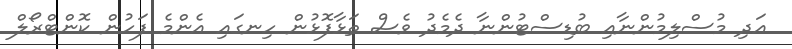
އަދި މުސްލިމުންނާއި ބުޑިސްޓުންނާ ދެމެދު ވެސް ތަޅާފޮޅުން ހިނގައި އެންމެ ފަހުން ކޮންޓްރޯލް